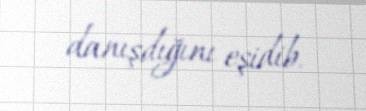
danışdığını eşidib.